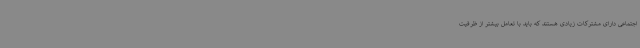
اجتماعی دارای مشترکات زیادی هستند که باید با تعامل بیشتر از ظرفیت